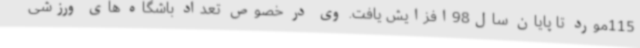
115مورد تا پایان سال98افزایش یافت. وی در خصوص تعداد باشگاه های ورزشی